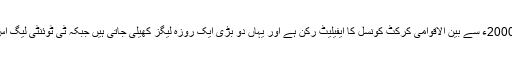
چیک جمہوریہ 2000ء سے بین الاقوامی کرکٹ کونسل کا ایفیلیٹ رکن ہے اور یہاں دو بڑی ایک روزہ لیگز کھیلی جاتی ہیں جبکہ ٹی ٹوئنٹی لیگ اس کے علاوہ ہے۔